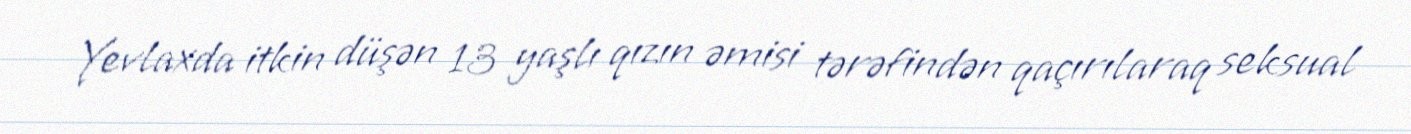
Yevlaxda itkin düşən 13 yaşlı qızın əmisi tərəfindən qaçırılaraq seksual